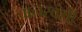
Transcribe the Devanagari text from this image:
वानरवंशी